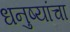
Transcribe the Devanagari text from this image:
धनुष्यांचा